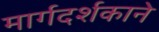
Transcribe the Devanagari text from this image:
मार्गदर्शकाने